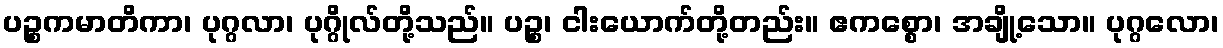
ပဉ္စကမာတိကာ၊ ပုဂ္ဂလာ၊ ပုဂ္ဂိုလ်တို့သည်။ ပဉ္စ၊ ငါးယောက်တို့တည်း။ ဧကစ္စော၊ အချို့သော။ ပုဂ္ဂလော၊